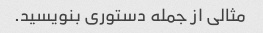
مثالی از جمله دستوری بنویسید.